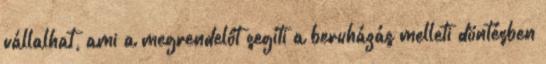
vállalhat, ami a megrendelőt segíti a beruházás melleti döntésben